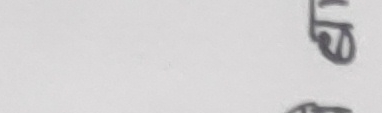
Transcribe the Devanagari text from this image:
एउटा